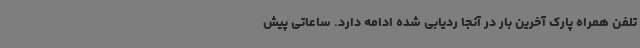
تلفن همراه پارک آخرین بار در آنجا ردیابی شده ادامه دارد. ساعاتی پیش